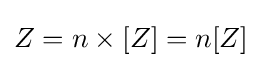
Z=n\times [Z]=n[Z]